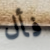
فأل